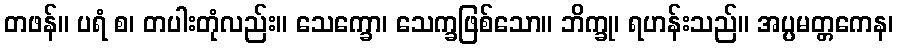
တဖန်။ ပရံ စ၊ တပါးတုံလည်း။ သေက္ခော၊ သေက္ခဖြစ်သော။ ဘိက္ခု၊ ရဟန်းသည်။ အပ္ပမတ္တကေန၊